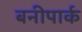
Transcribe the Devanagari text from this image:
बनीपार्क